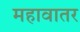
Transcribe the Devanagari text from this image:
महावातर